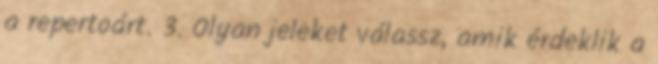
a repertoárt. 3. Olyan jeleket válassz, amik érdeklik a